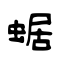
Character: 蜛